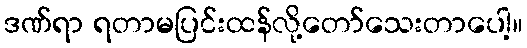
ဒဏ်ရာ ရတာမပြင်းထန်လို့တော်သေးတာပေါ့။